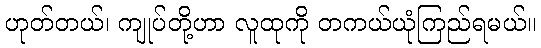
ဟုတ်တယ်၊ ကျုပ်တို့ဟာ လူထုကို တကယ်ယုံကြည်ရမယ်။